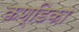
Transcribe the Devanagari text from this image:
कण्‍डिका